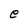
Character: e